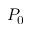
P _ { 0 }